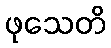
ဖုသေတိ